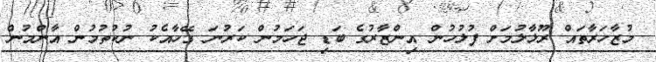
މުޒާހަރާތައް ރޫޅާލުމަށް ފުލުހުން އިންޒާރުގެ ބަޑި ޖަހަމުން ކަރުނަ ގޭހާއެކު ނުކުތުމުން އާންމުން